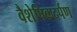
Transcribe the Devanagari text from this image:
वैशेषिकदर्पण